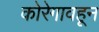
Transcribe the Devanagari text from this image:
कोरेगावहून